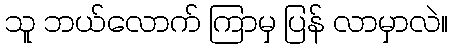
သူ ဘယ်လောက် ကြာမှ ပြန် လာမှာလဲ။